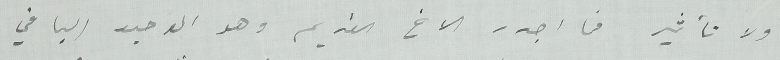
ولا تأثير فما اجدر الاخ القديم وهو الوحيد الباقي